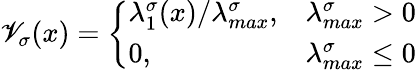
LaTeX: \mathscr{V}_{\sigma}(x)=\left\{ \begin{array}{ll}{\lambda_{1}^{\sigma}(x)/\lambda_{max}^{\sigma},}&{\lambda_{max}^{\sigma}>0}\\ {0,}&{\lambda_{max}^{\sigma}\leq 0}\end{array}\right.